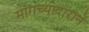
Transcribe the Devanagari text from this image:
मागच्यादाराने